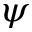
\psi